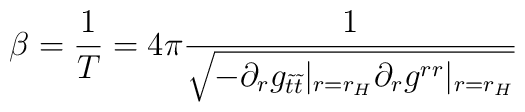
\beta = \frac{1}{T} =  4\pi\frac{1}{\sqrt{-\partial_r g_{\tilde{t}\tilde{t}}|_{r=r_H}\partial_r g^{rr}|_{r=r_H}}}